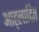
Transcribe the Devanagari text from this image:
आह्‌लादित